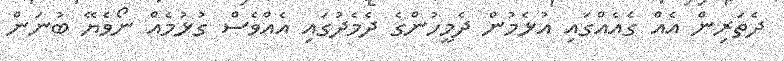
ދެތަރިން އެއް ގެއެއްގައި އުޅެމުން ދެމީހުންގެ ދެމެދުގައި އެއްވެސް ގުޅުމެއް ނޯވެޔޭ ބުނަން